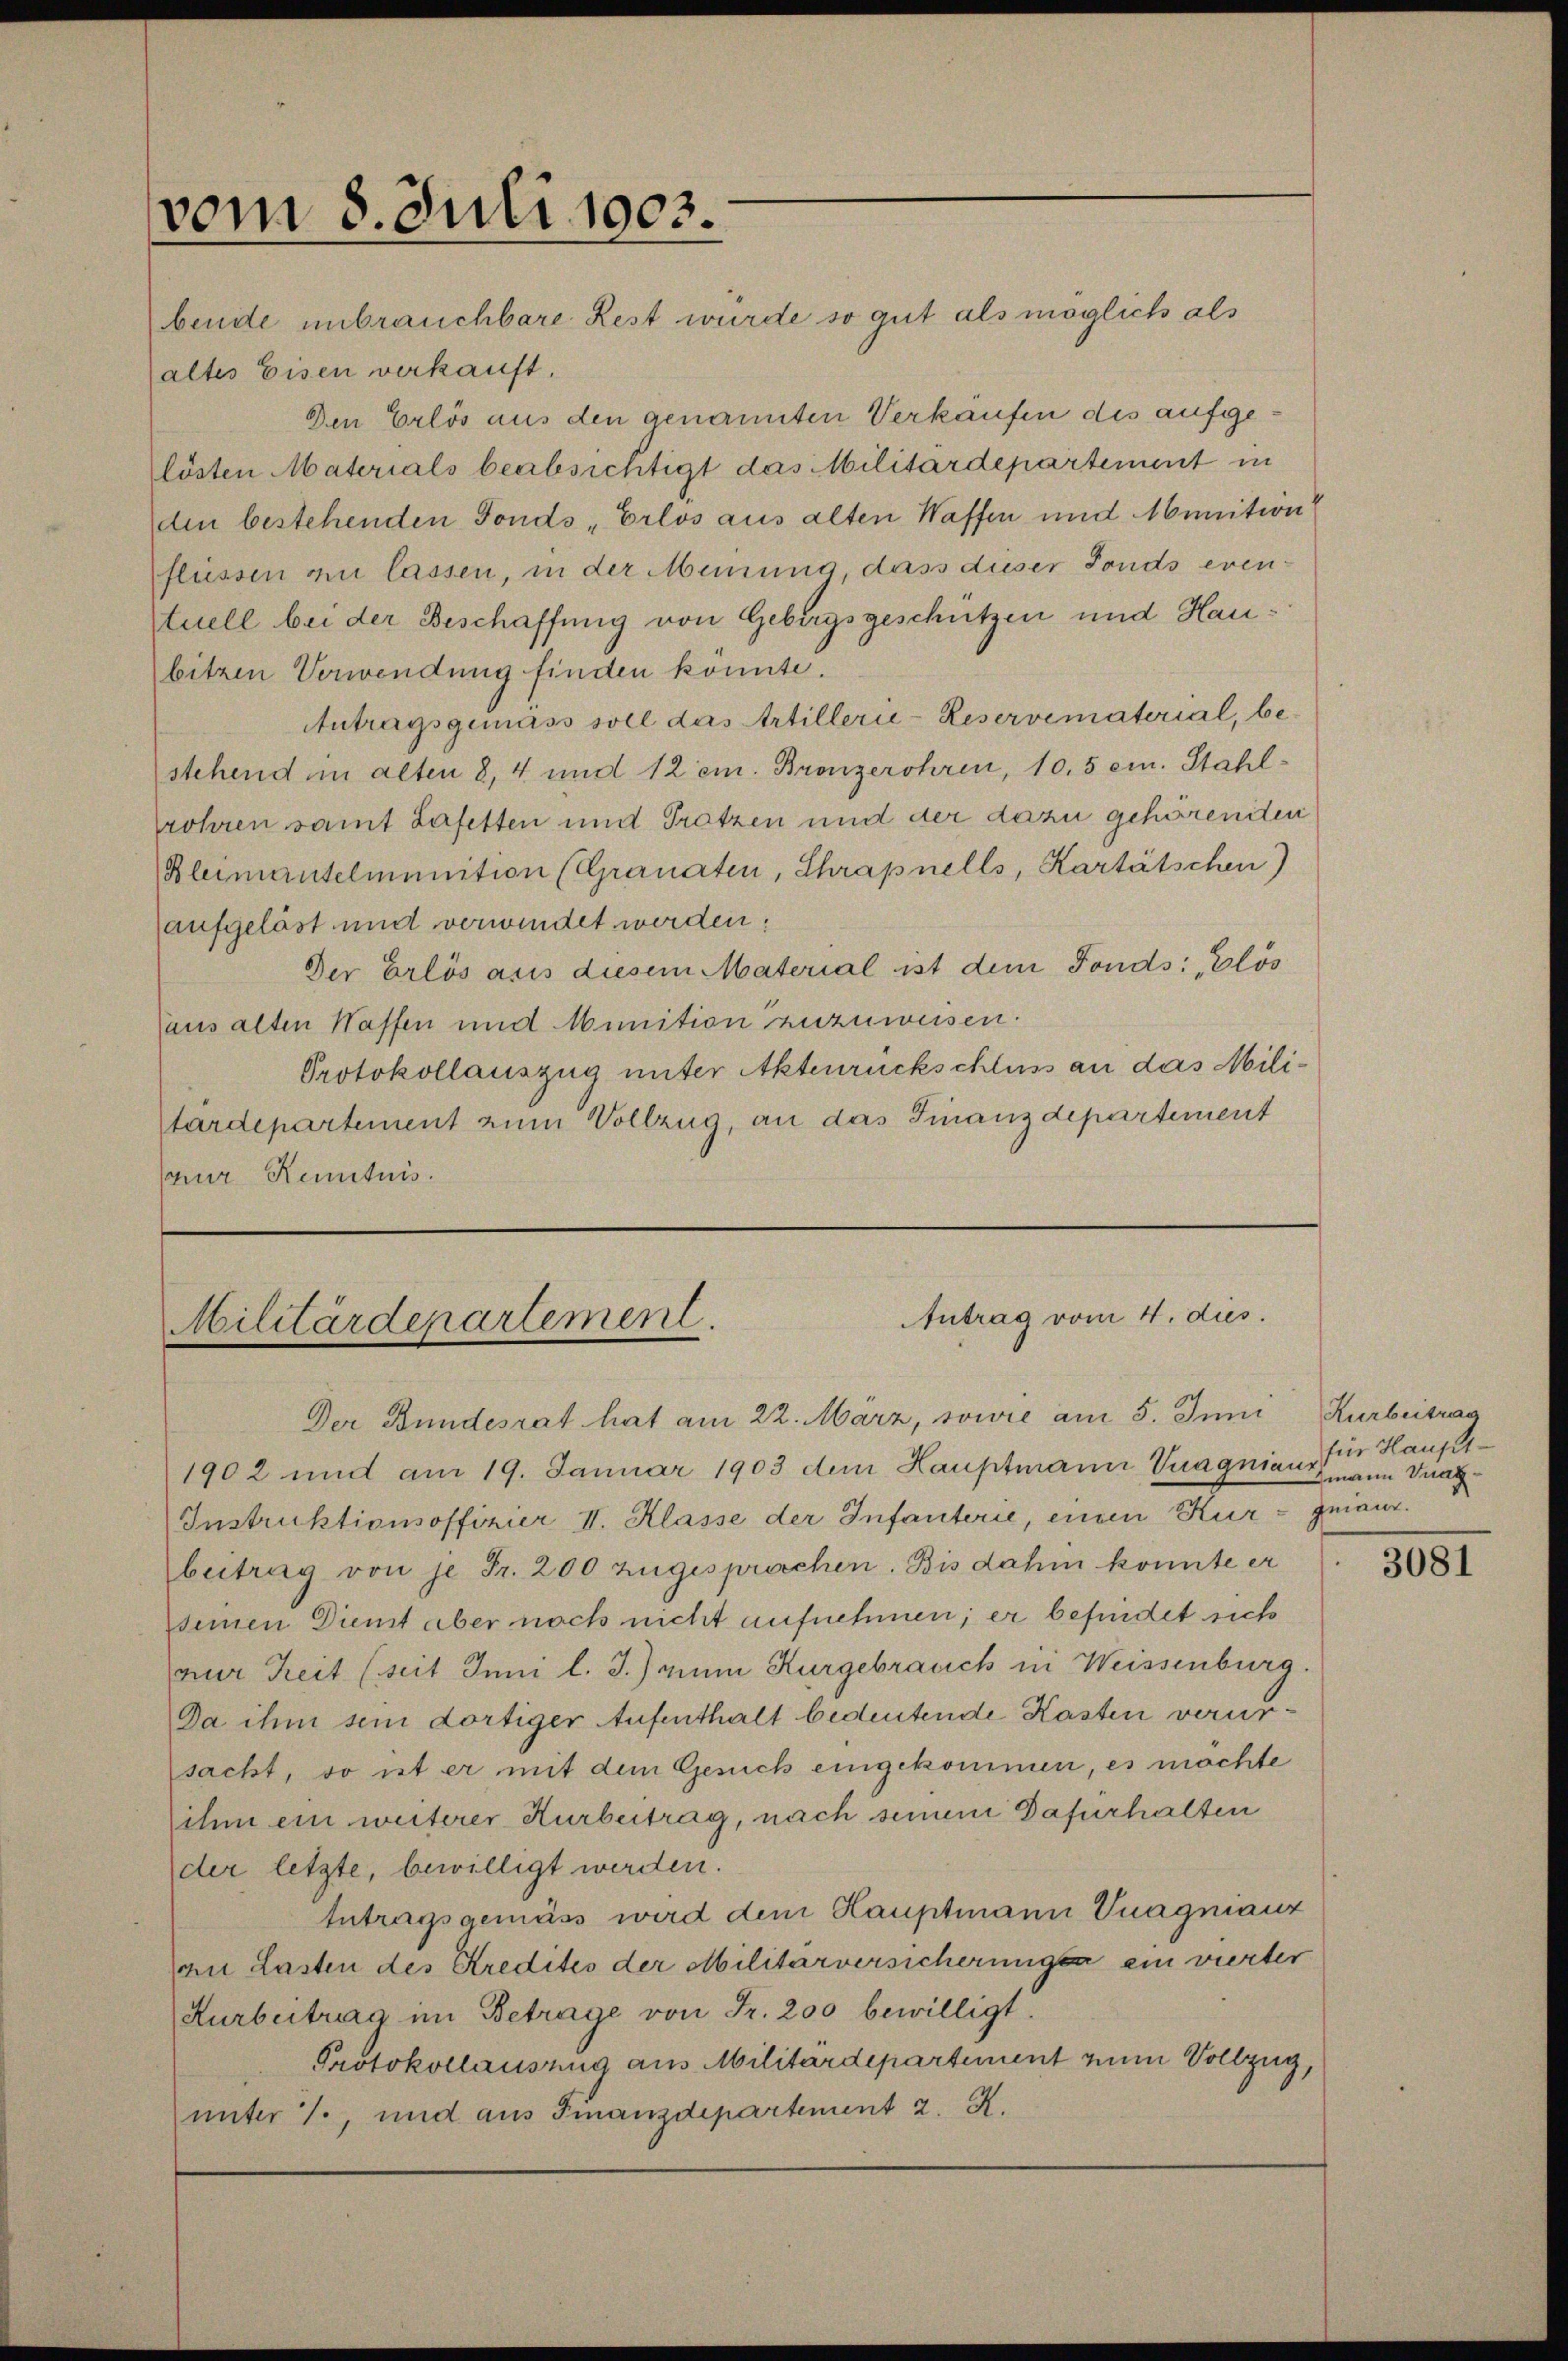
vom 8. Juli 1903.

bende unbrauchbare Rest wurde so gut als möglich als
altes Eisen verkauft.
Den Erlös aus den genannten Verkaufen des aufgelösten Materials beabsichtigt das Militärdepartement in
den bestehenden Fonds „Erlos aus alten Waffen und Abunition
flüssen zu lassen, in der Meinung, dass dieser Fonds eventuell bei der Beschaffung von Gebirgsgeschützen und Haubitzen Verwendung finden könnte.
Antragsgemäss soll das Artillerie-Reservematerial, be-
stehend im alten 8, 4 und 12 em. Bronzerohren, 10,5 cm. Stahlrohren samt Lafetten und Tratzen und der dazu gehöreniten
Bleimantelmunition (Granaten, Chrapnells, Kartätschen)
aufgelöst und verwindet werden:
Der Erlös aus diesem Material ist dem Fonds: „Elös
aus alten Waffen und Munition zuzuweisen.
Protokollauszug unter Aktenrückschluss an das Militärdepartement zum Vollzug, an das Finanzdepartement
ur Kenntnis.

Antrag vom 4. dies
Militärdepartement.

Der Bundesrat hat am 22. März, sowie am 5. Juni Kurbeitrag
1902 und am 19. Januar 1903 dem Hauptmann Vuagnian, für Haupt¬
Instruktionsoffizier II. Klasse der Infanterie, einen Kur quiaur.
beitrag von je Fr. 200 zugesprochen. Bis dahin konnte er
seinen Dient aber noch nicht aufnehmen; er befindet sich
nur Zeit (seit Inni l. J.) zum Kurgebrauch in Weissenburg.
Da ihm sein dortiger Aufenthalt bedeutende Kasten verursacht, sont er mit dem Gesuch eingekommen, es möchte
ihm ein weiterer Kurbeitrag, nach seinem Dafürhalten
der letzte, bewilligt werden.
Intragsgemäss wird dem Hauptmann Vuagnianz
an Lasten des Kredites der Militärversicherungen ein vierter
Kurbeitrag im Betrage von Fr. 200 bewilligt.
Protokollausung aus Militärdepartement zum Vollzug,
unter 1., und aus Finanzdepartement 2. K.

zmann Vat

3081